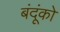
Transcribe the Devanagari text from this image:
बंदूंको